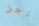
رجل